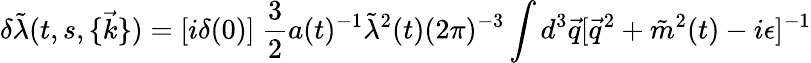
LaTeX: \delta\tilde{\lambda}(t,s,\{ \vec{k}\} )=[i\delta(0)]~\frac{3}{2}a(t)^{-1}\tilde{\lambda}^{2}(t)(2\pi)^{-3}\int d^{3}\vec{q}[\vec{q}^{2}+\tilde{m}^{2}(t)-i\epsilon]^{-1}